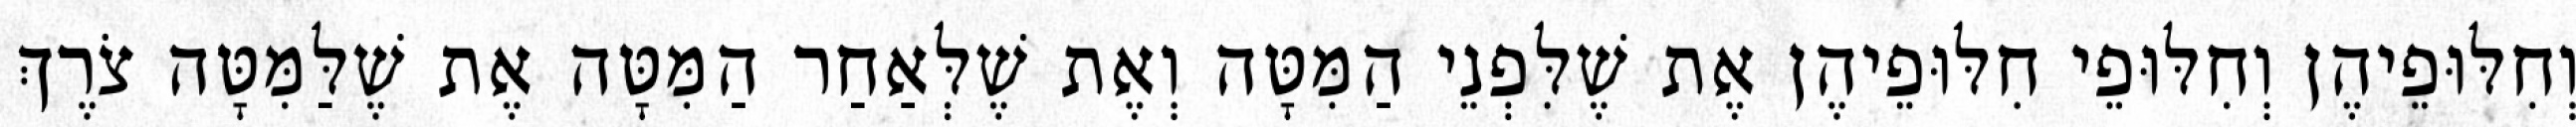
וְחִלּוּפֵיהֶן וְחִלּוּפֵי חִלּוּפֵיהֶן אֶת שֶׁלִּפְנֵי הַמִּטָּה וְאֶת שֶׁלְּאַחַר הַמִּטָּה אֶת שֶׁלַּמִּטָּה צֹרֶךְ